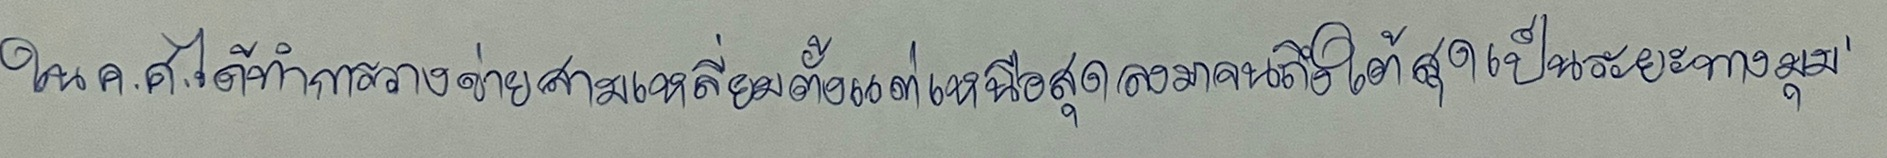
ในค.ศ.ได้ทำการวางข่ายสามเหลี่ยมตั้งแต่เหนือสุดลงมาจนถึงใต้สุดเป็นระยะทางมุม